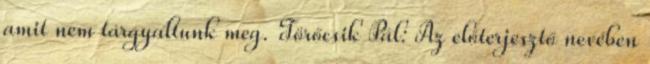
amit nem tárgyaltunk meg. Törőcsik Pál: Az előterjesztő nevében